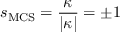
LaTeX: s _ { \mathrm { M C S } } = \frac { \kappa } { | \kappa | } = \pm 1